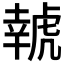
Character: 𱿔